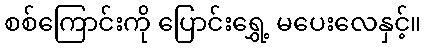
စစ်ကြောင်းကို ပြောင်းရွှေ့ မပေးလေနှင့်။